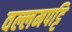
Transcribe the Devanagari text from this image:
वल्लमपट्टि